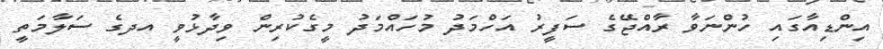
އިންޑިއާގައި ހުންނަވާ ރާއްޖޭގެ ސަފީރު އަހްމަދު މުހައްމަދު މީގެކުރިން ވިދާޅުވީ އދގެ ސަލާމަތީ